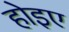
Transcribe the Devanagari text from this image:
होइए